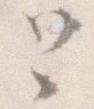
と